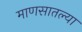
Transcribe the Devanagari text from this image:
माणसातल्या